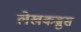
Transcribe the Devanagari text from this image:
लेखकब्रुस